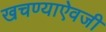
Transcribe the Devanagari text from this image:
खचण्याऐवजी